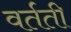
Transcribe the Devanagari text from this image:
वर्तती